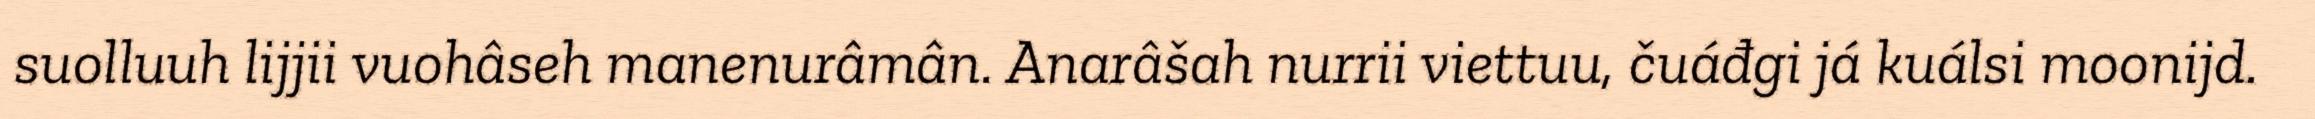
suolluuh lijjii vuohâseh manenurâmân. Anarâšah nurrii viettuu, čuáđgi já kuálsi moonijd.